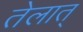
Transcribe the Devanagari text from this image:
तेलात्